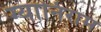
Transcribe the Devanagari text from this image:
ग्यानिराम